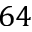
6 4